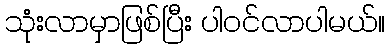
သုံးလာမှာဖြစ်ပြီး ပါဝင်လာပါမယ်။